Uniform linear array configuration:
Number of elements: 24
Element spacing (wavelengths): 0.75
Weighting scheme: uniform
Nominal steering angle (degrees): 30
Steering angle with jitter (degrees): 30.548
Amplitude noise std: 0.05
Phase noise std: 0.05

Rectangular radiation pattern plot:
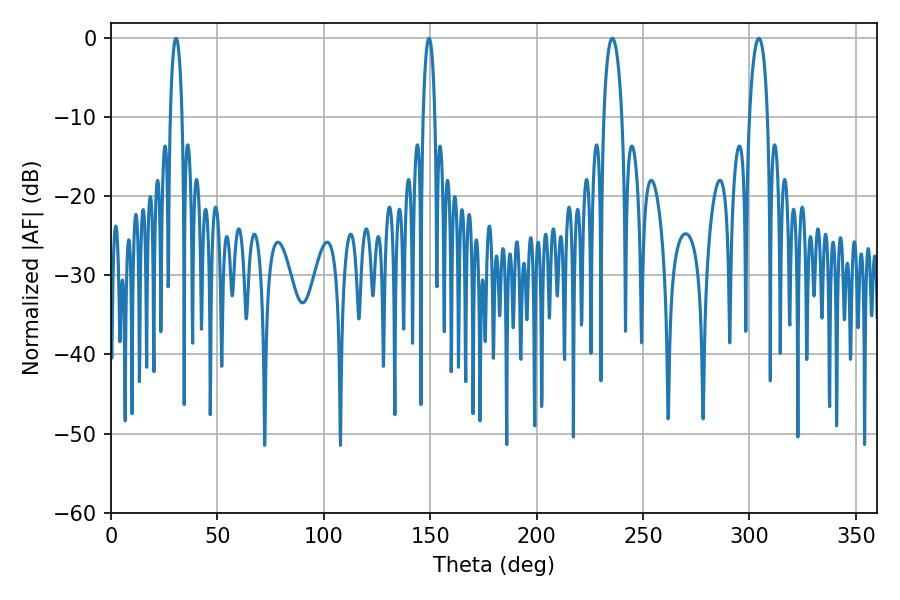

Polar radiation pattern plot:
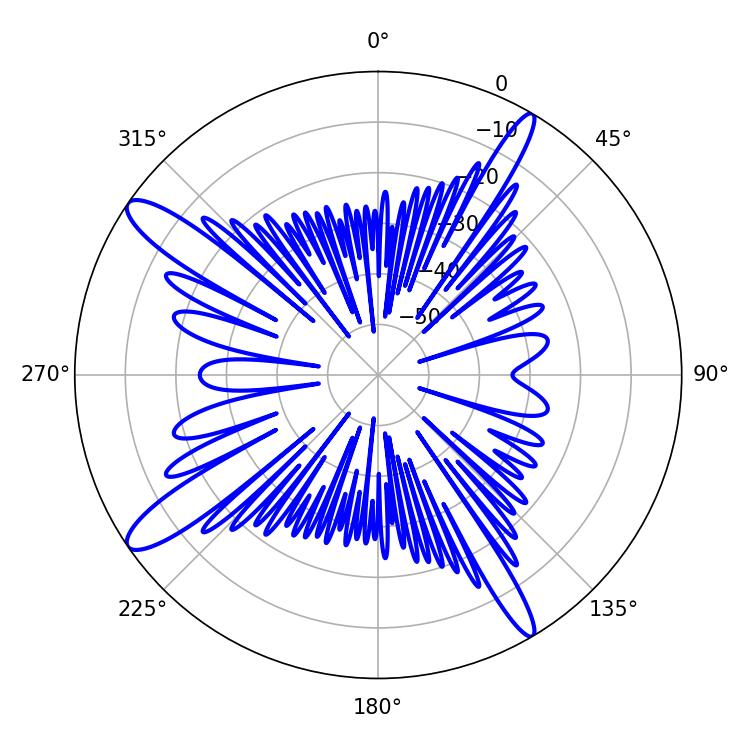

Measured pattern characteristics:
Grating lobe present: TRUE
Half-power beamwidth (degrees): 3.24
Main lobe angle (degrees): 149.4